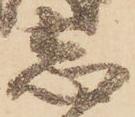
志